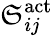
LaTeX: \mathfrak{S}_{ij}^{\mathrm{{act}}}